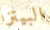
البيتزا